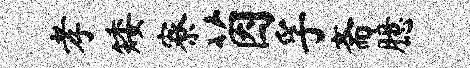
孝矮寮茵孚斋臆